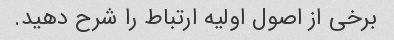
برخی از اصول اولیه ارتباط را شرح دهید.